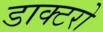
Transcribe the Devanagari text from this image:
डाक्टरो